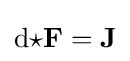
\mathrm {d} {\star }\mathbf {F} =\mathbf {J}